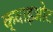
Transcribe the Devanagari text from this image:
क्वाइओट